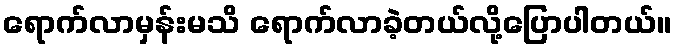
ရောက်လာမှန်းမသိ ရောက်လာခဲ့တယ်လို့ပြောပါတယ်။